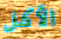
الأكل